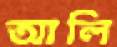
আলি